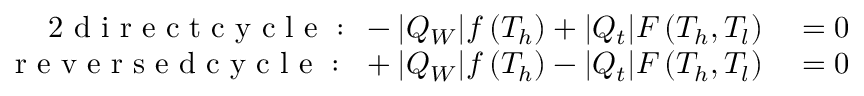
\begin{array} { r l } { { 2 } \mathrm { ~ d ~ i ~ r ~ e ~ c ~ t ~ c ~ y ~ c ~ l ~ e ~ : ~ } \, - | Q _ { W } | f \left( T _ { h } \right) + | Q _ { t } | F \left( T _ { h } , T _ { l } \right) } & { { } = 0 } \\ { \mathrm { ~ r ~ e ~ v ~ e ~ r ~ s ~ e ~ d ~ c ~ y ~ c ~ l ~ e ~ : ~ } \, \, + | Q _ { W } | f \left( T _ { h } \right) - | Q _ { t } | F \left( T _ { h } , T _ { l } \right) } & { { } = 0 } \end{array}